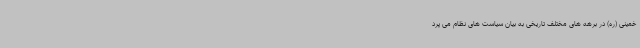
خمینی (ره) در برهه های مختلف تاریخی به بیان سیاست های نظام می پرد